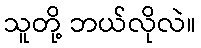
သူတို့ ဘယ်လိုလဲ။